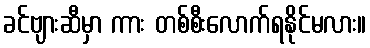
ခင်ဗျားဆီမှာ ကား တစ်စီးလောက်ရနိုင်မလား။